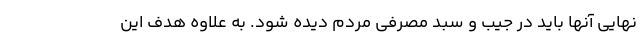
نهایی آنها باید در جیب و سبد مصرفی مردم دیده شود. به علاوه هدف این